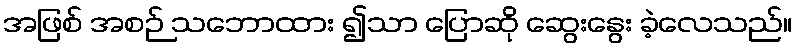
အဖြစ် အစဉ် သဘောထား ၍သာ ပြောဆို ဆွေးနွေး ခဲ့လေသည်။